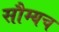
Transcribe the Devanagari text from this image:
सौम्यच